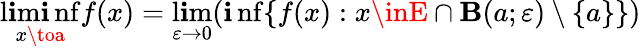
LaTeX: \operatorname*{l\mathbf{i}m\mathbf{i}nf}_{x\toa}f(x)=\operatorname*{l\mathbf{i}m}_{\varepsilon\to0}(\operatorname*{\mathbf{i}nf}\{ f(x):x\inE\cap\mathbf{B}(a;\varepsilon)\setminus\{ a\} \} )